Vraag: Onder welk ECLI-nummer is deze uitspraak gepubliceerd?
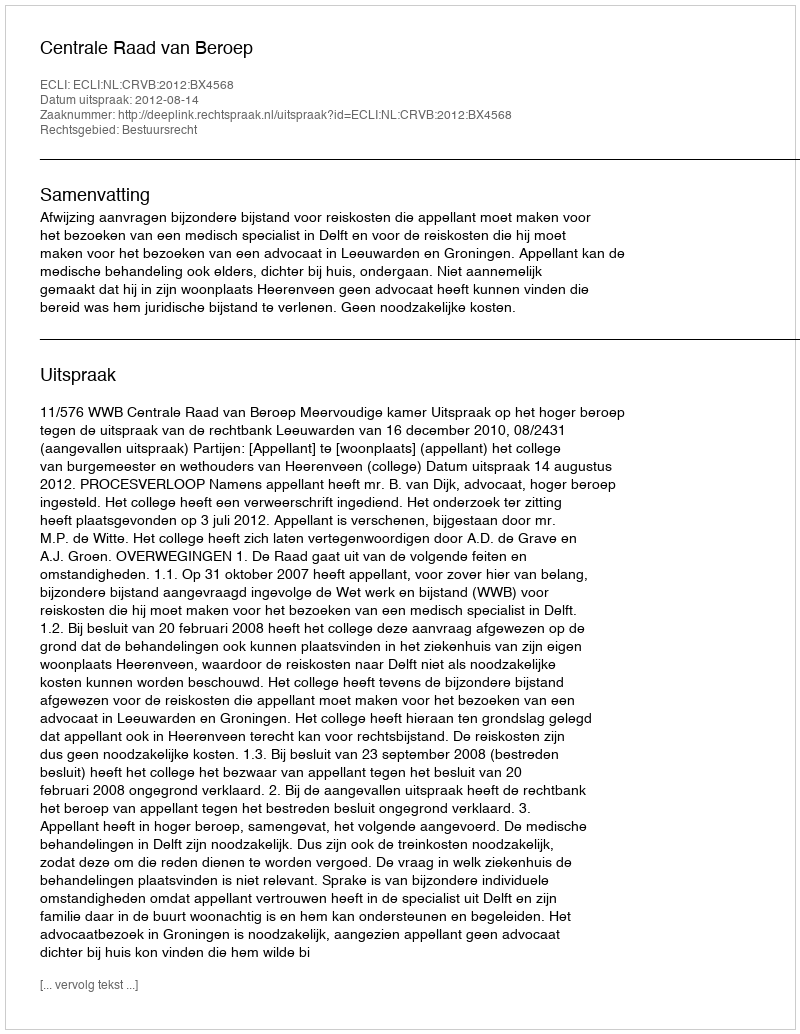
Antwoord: ECLI:NL:CRVB:2012:BX4568